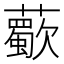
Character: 𧃏